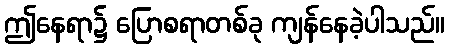
ဤနေရာ၌ ပြောစရာတစ်ခု ကျန်နေခဲ့ပါသည်။